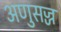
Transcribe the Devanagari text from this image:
अणुसज्ज